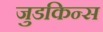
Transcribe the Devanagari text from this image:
जुडकिन्स